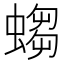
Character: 𧎷